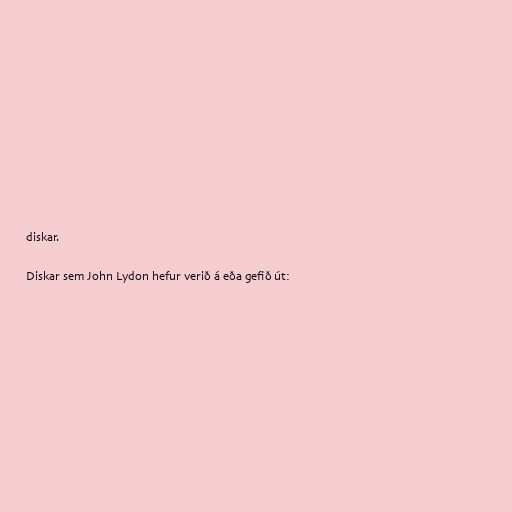
diskar.

Diskar sem John Lydon hefur verið á eða gefið út: